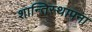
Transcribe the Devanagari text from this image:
शान्तिस्थापना